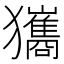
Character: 𤣑